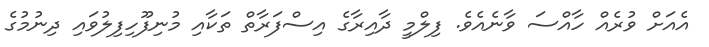
އެއަށް ވުރެއް ހާއްސަ ވާނެއެވެ. ފިލްމީ ދާއިރާގެ އިސްފަރާތް ތަކާއި މުނިފޫހިފިލުވަައި ދިނުމުގެ